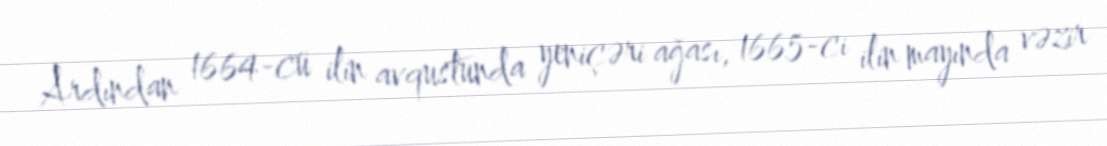
Ardından 1664-cü ilin avqustunda yeniçəri ağası, 1665-ci ilin mayında vəzir